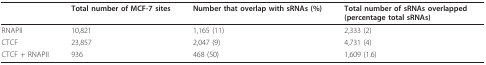
<table><thead><tr><td></td><td><b>Total number of MCF-7 sites</b></td><td><b>Number that overlap with sRNAs (%)</b></td><td><b>Total number of sRNAs overlapped (percentage total sRNAs)</b></td></tr></thead><tbody><tr><td>RNAPII</td><td>10,821</td><td>1,165 (11)</td><td>2,333 (2)</td></tr><tr><td>CTCF</td><td>23,857</td><td>2,047 (9)</td><td>4,731 (4)</td></tr><tr><td>CTCF + RNAPII</td><td>936</td><td>468 (50)</td><td>1,609 (1.6)</td></tr></tbody></table>